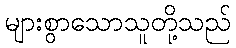
များစွာသောသူတို့သည်